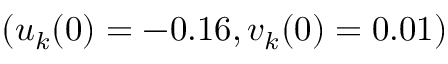
( u _ { k } ( 0 ) = - 0 . 1 6 , v _ { k } ( 0 ) = 0 . 0 1 )